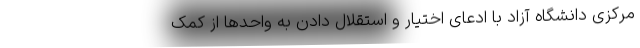
مرکزی دانشگاه آزاد با ادعای اختیار و استقلال دادن به واحدها از کمک